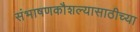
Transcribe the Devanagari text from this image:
संभाषणकौशल्यासाठीच्या